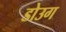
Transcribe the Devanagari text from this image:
डोउग